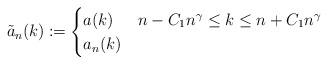
\begin{align*} \tilde a_n(k)\coloneqq \begin{cases} a(k)&n-C_1n^{\gamma}\leq k\leq n+C_1n^{\gamma}\\ a_n(k)&\end{cases} \end{align*}